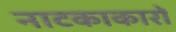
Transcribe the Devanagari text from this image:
नाटकाकारों